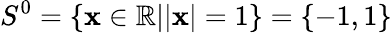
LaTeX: S^{0}=\{ {\mathbf x}\in\mathbb{R}||{\mathbf x}|=1\} =\{ -1,1\}